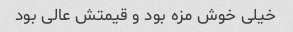
خیلی خوش مزه بود و قیمتش عالی بود